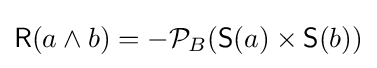
{\mathsf {R}}(a\wedge b)=-{\mathcal {P}}_{B}({\mathsf {S}}(a)\times {\mathsf {S}}(b))